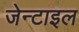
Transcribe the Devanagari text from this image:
जेन्टाइल